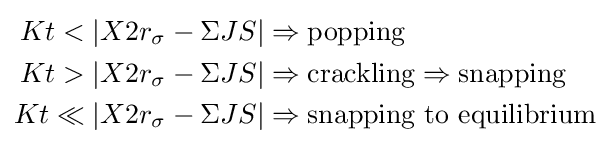
{\begin{aligned}Kt<{}&|X2r_{\sigma }-\Sigma JS|\Rightarrow {\text{popping}}\\Kt>{}&|X2r_{\sigma }-\Sigma JS|\Rightarrow {\text{crackling}}\Rightarrow {\text{snapping}}\\Kt\ll {}&|X2r_{\sigma }-\Sigma JS|\Rightarrow {\text{snapping to equilibrium}}\end{aligned}}